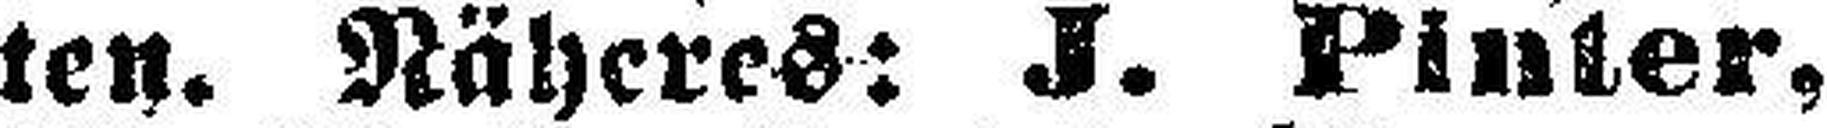
ten. Näheres: J. Pinter,